NASA-UAP-D2, Apollo 17 Transcript, 1972
Agency: NASA
Incident date: 1972
Incident location: Moon
Page 11
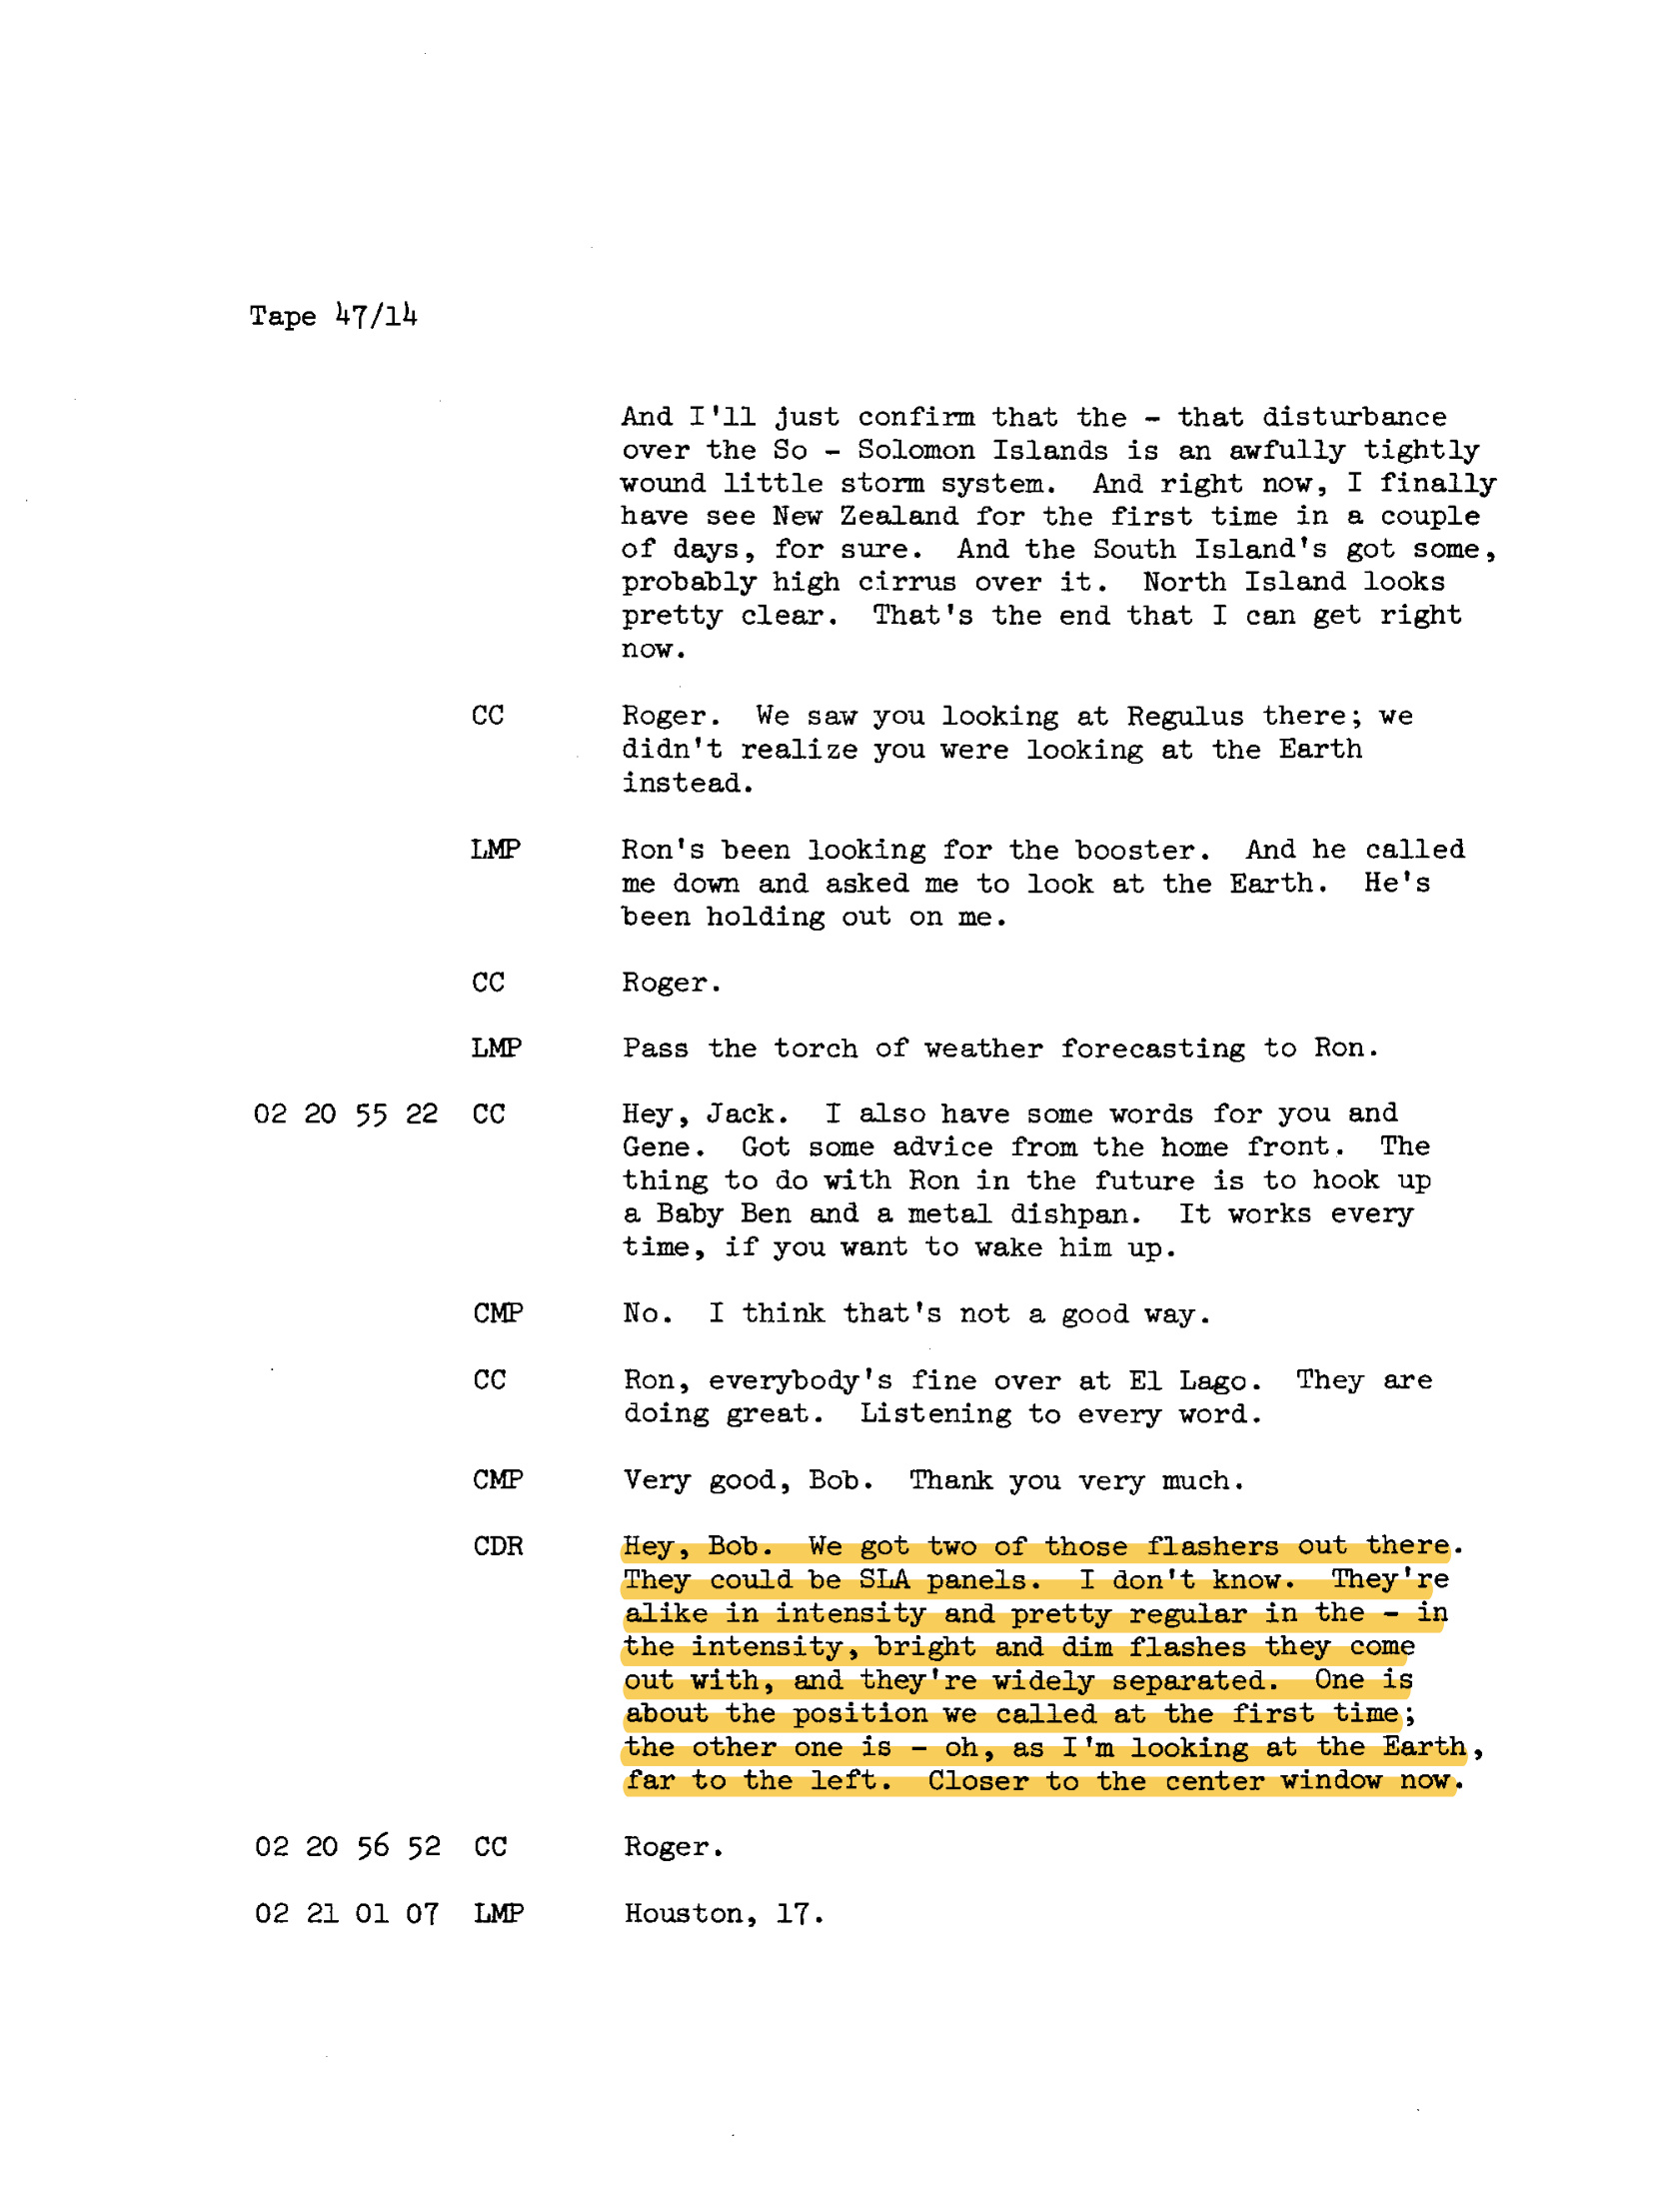